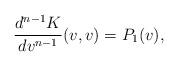
LaTeX: \begin{align*} \frac{d^{n-1}K}{dv^{n-1}}(v,v)=P_1(v),\end{align*}